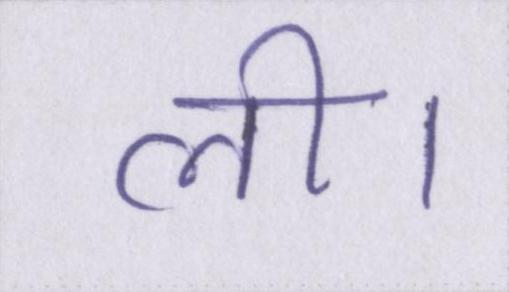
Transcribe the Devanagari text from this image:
ली।